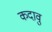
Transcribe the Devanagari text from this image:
कदावु